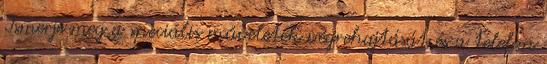
Ismerje meg a speciális műveletek végrehajtását és a telefon